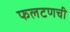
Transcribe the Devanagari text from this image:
फलटणची